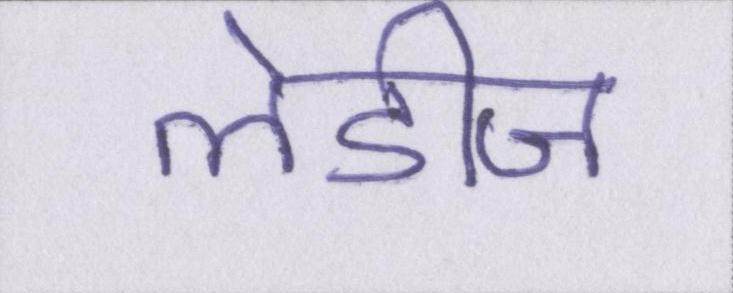
लेडीज